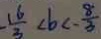
- \frac { 1 6 } { 3 } < b < - \frac { 8 } { 3 }